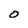
Character: O